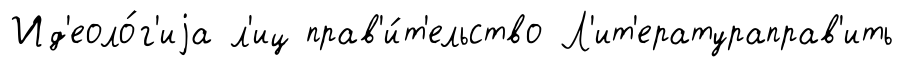
Ид'еоло́г'иjа л'иц прав'и́т'ельство Л'ит'ератураправ'ить